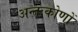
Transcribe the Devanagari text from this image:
अन्तःकोणों